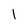
Character: 1